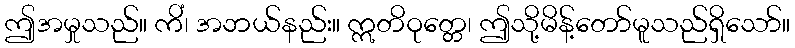
ဤအမှုသည်။ ကိံ၊ အဘယ်နည်း။ ဣတိဝုတ္တေ၊ ဤသို့မိန့်တော်မူသည်ရှိသော်။